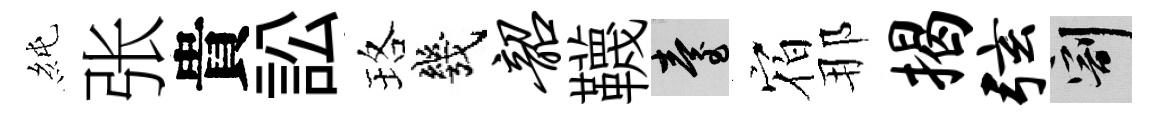
純张貴訟珞幾韶韈臺𪧐那揭弦割